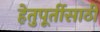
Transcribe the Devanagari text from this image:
हेतुपूर्तीसाठी